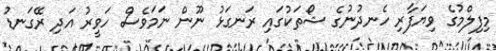
މިފިލްމުގެ ވިޔަފާރި ހެނދުނުގެ ޝޯތަކުގައި ރަނގަޅު ނޫން ނަމަވެސް ހަވީރު އަދި ރޭގަނޑު